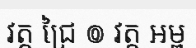
វត្ត ជ្រៃ ៙ វត្ត អម្ព